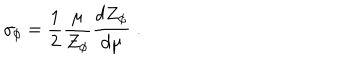
\gamma _ { \phi } = \frac { 1 } { 2 } \frac { \mu } { Z _ { \phi } } \frac { d Z _ { \phi } } { d \mu } \; .